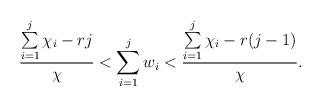
LaTeX: \begin{align*}\frac{\sum\limits _{i=1}^j\chi_i - rj}{\chi} < \sum\limits_{i=1}^{j}w_i < \frac{\sum\limits_{i=1}^j\chi_i - r(j-1)}{\chi}.\end{align*}